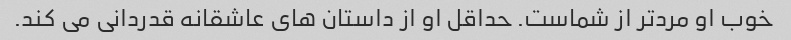
خوب او مردتر از شماست. حداقل او از داستان های عاشقانه قدردانی می کند.